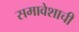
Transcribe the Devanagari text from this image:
समावेशाची